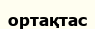
ортақтас